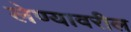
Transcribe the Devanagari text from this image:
लेण्यावरील